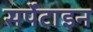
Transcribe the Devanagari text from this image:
सर्पेंटाइन